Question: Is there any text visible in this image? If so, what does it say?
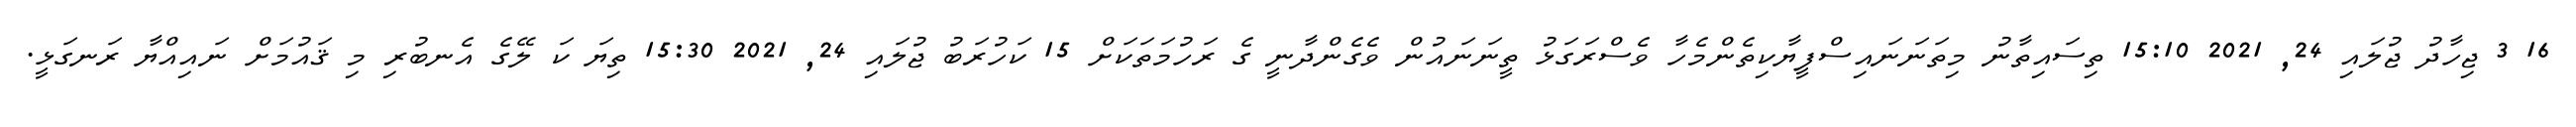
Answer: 16 3 ޖިހާދު ޖުލައި 24, 2021 15:10 ތިސައިތާނު މިތަނަނައިސްފީޔާކިތެންމެހާ ވެސްރަގަޅު ތީނަނައުން ވެގެންދާނީ ގެ ރަހުމަތަކަށް 15 ކަހުރަބު ޖުލައި 24, 2021 15:30 ތިޔަ ކަ ލޭގެ އެނބުރި މި ޤައުމަށް ނައިއްޔާ ރަނގަޅީ.